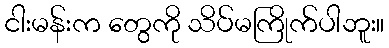
ငါးမန်းက တွေကို သိပ်မကြိုက်ပါဘူး။